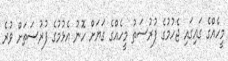
މީހެއްގެ ގައިގައި ޖެހުމުގެ ފުރުސަތު މީހެއްގެ ގަޔަށް ހޮނު އެޅުމުގެ ފުރުސަތަށް ވުރެ